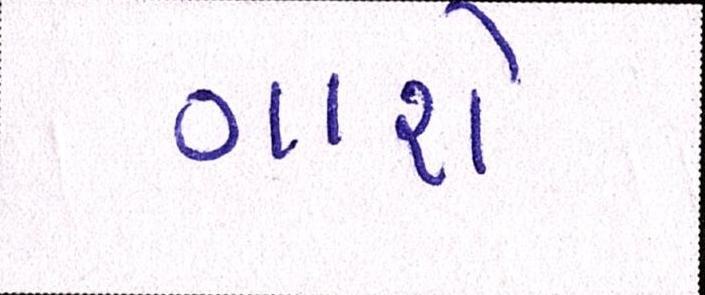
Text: ગાશે